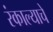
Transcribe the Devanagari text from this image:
रंकाल्याचे